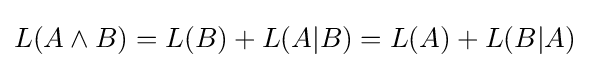
L(A\land B)=L(B)+L(A|B)=L(A)+L(B|A)